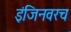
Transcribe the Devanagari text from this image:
इंजिनवरच